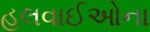
હલવાઈઓના